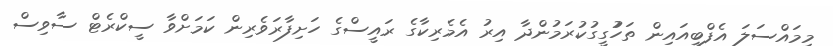
މިމައްސަލަ އެފްބީއައިން ތަހުުގީގުކުރަމުންދާ އިރު އެމެރިކާގެ ރައީސްގެ ހަށިފާރަވެރިން ކަމަށްވާ ސީކްރެޓް ސާވިސް